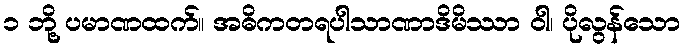
၁ ဘို့ ပမာဏထက်။ အဓိကတရပါသာဏာဒိမိဿာ ဝါ၊ ပိုလွန်သော